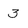
Character: 3